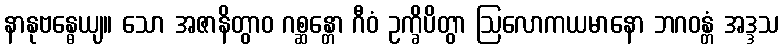
နာနုဗန္ဓေယျ။ သော အဇာနိတွာဝ ဂစ္ဆန္တော ဂီဝံ ဥက္ခိပိတွာ ဩလောကယမာနော ဘဂဝန္တံ အဒ္ဒသ